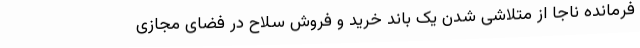
فرمانده ناجا از متلاشی شدن یک باند خرید و فروش سلاح در فضای مجازی